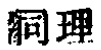
洞理